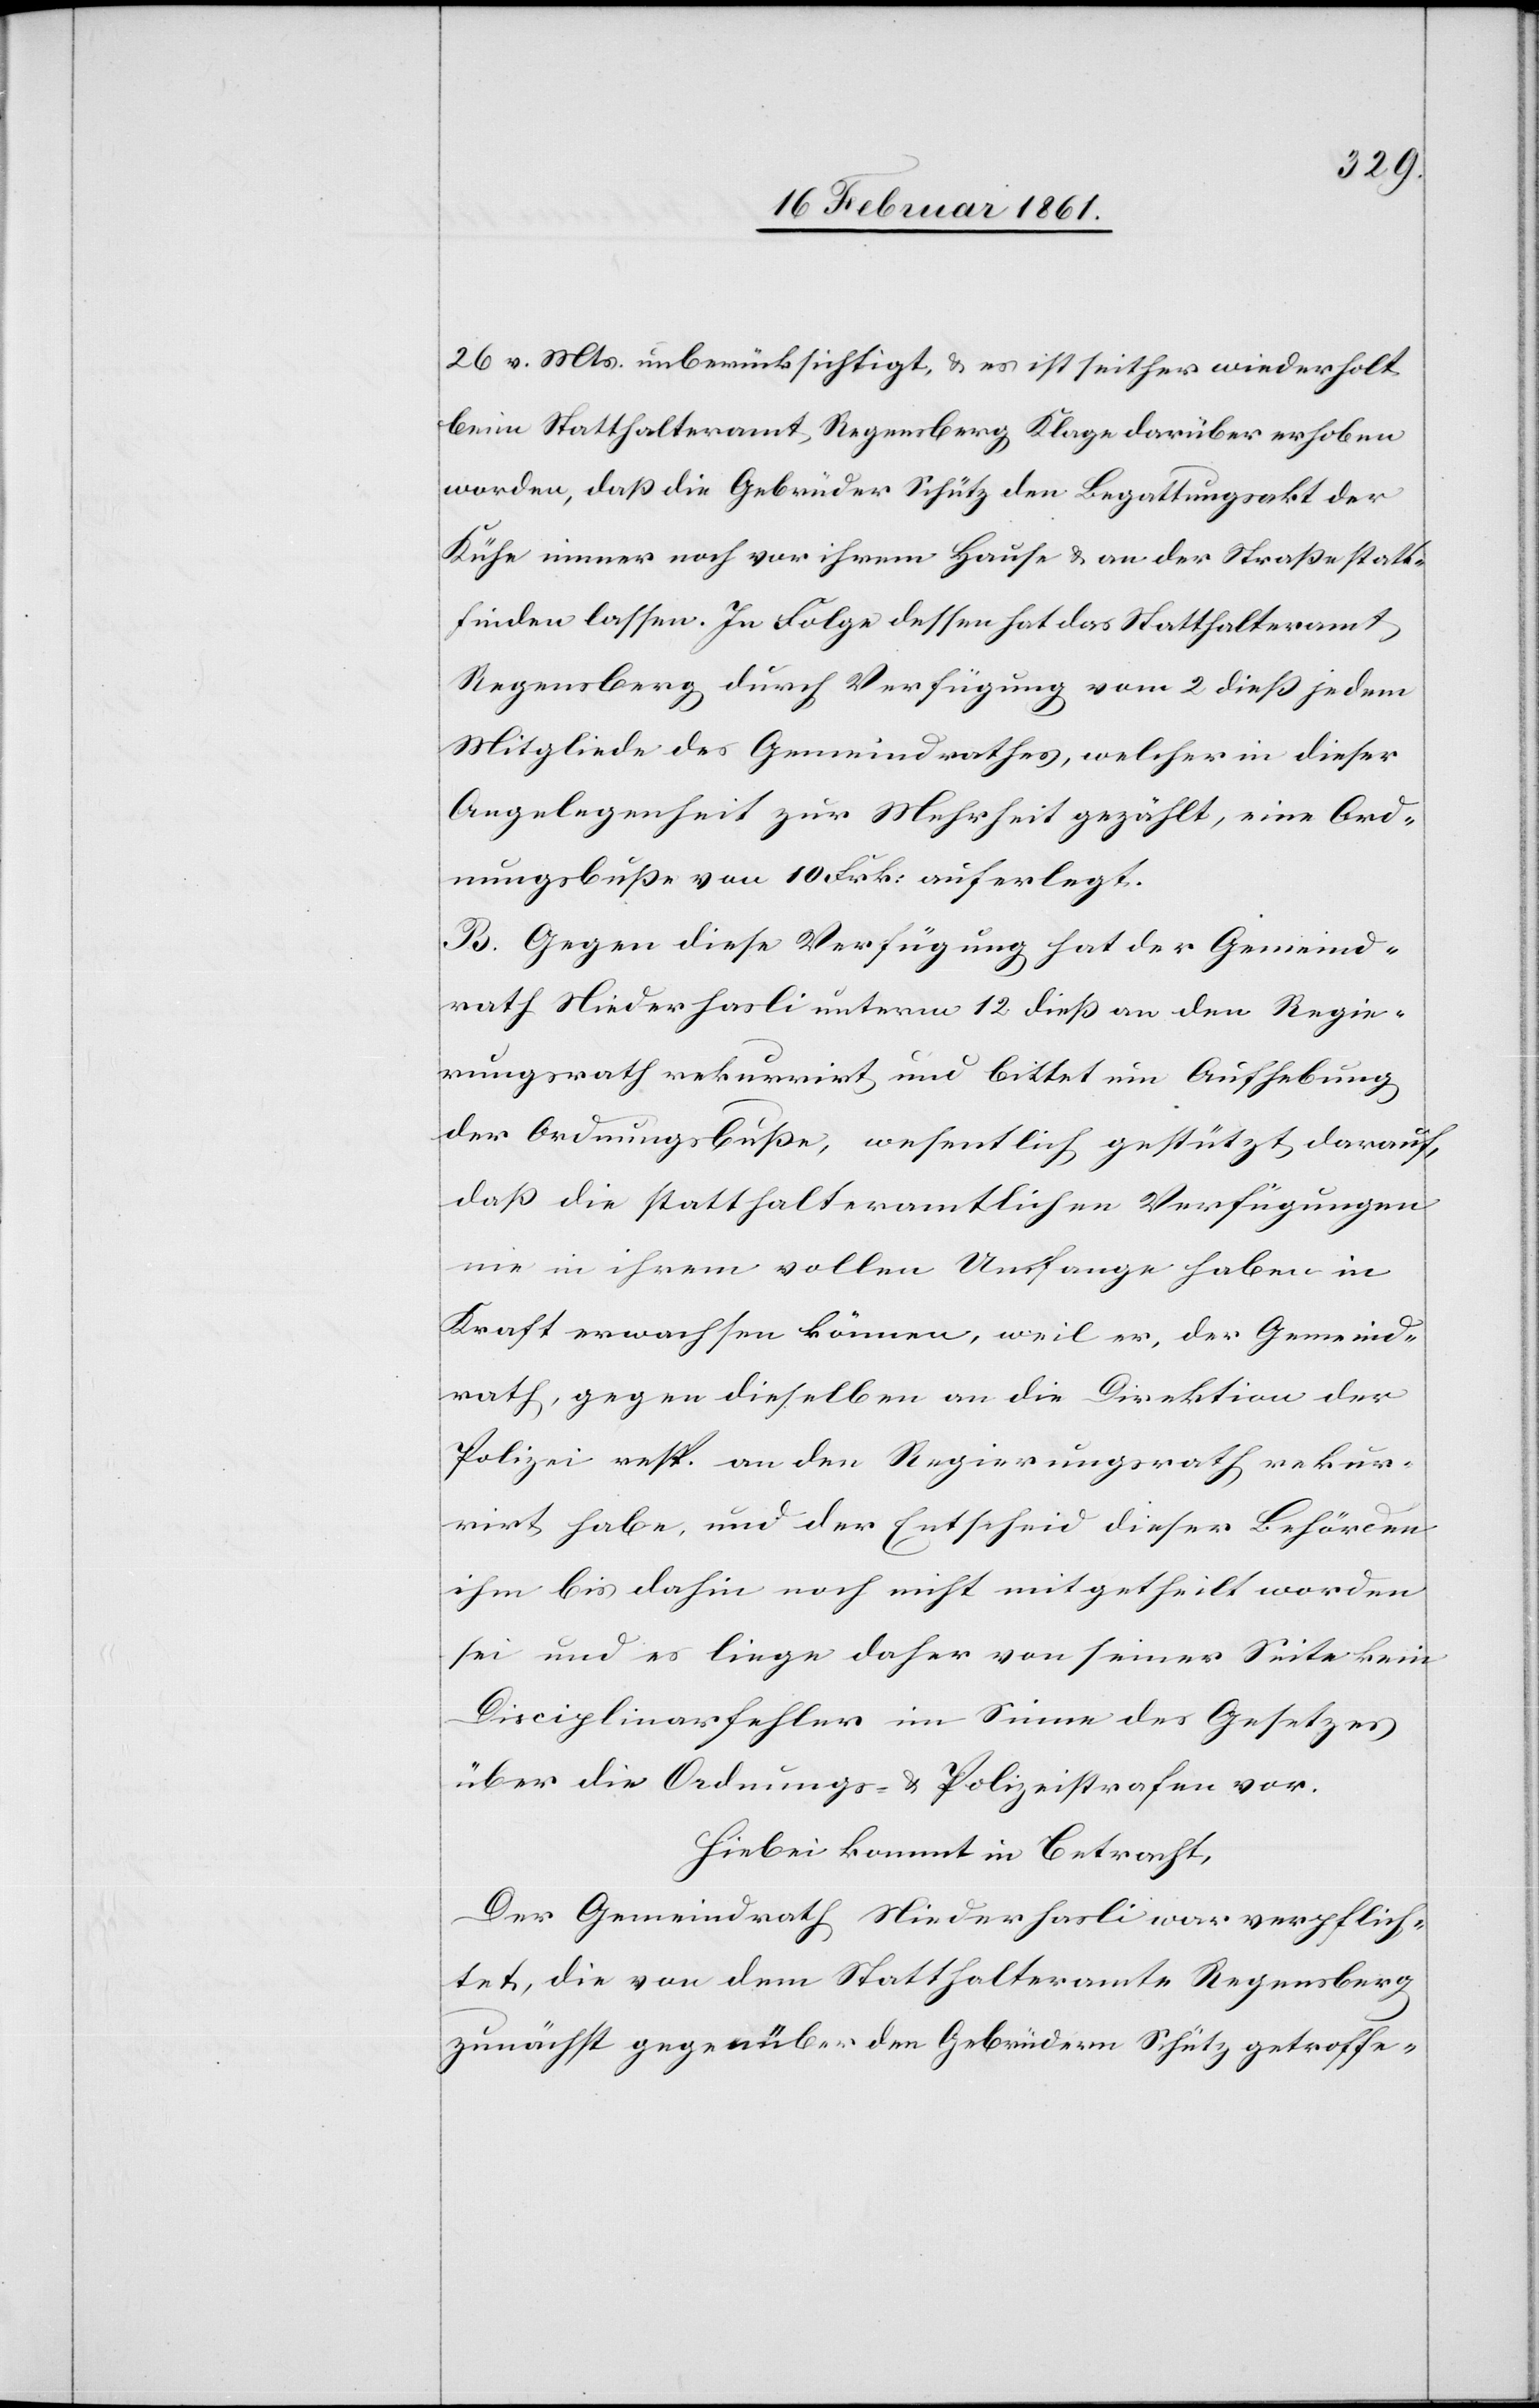
26. v. Mts. unberücksichtigt, u. es sei seither wiederholt
beim Statthalteramt Regensberg Klage darüber erhoben
worden, daß die Gebrüder Schütz den Begattungsakt der
Kühe immer noch vor ihrem Hause u. an der Straße statt¬
finden lassen. In Folge dessen hat das Statthalteramt
Regensberg durch Verfügung vom 2. diess jedem
Mitgliede des Gemeindrathes, welcher in dieser
Angelegenheit zur Mehrheit gezählt, eine Ord¬
nungsbusse von 10. Frk. auferlegt.
B. Gegen diese Verfügung hat der Gemeind¬
rath Niederhasli unterm 12. dieß an den Regie¬
rungsrath rekurrirt und bittet um Aufhebung
der Ordnungsbusse, wesentlich gestützt darauf,
daß die statthalteramtlichen Verfügungen
nie in ihrem vollen Umfange haben in
Kraft erwachsen können, weil er, der Gemeind¬
rath, gegen dieselben an die Direktion der
Polizei resp. an den Regierungsrath rekur¬
rirt habe, und der Entscheid dieser Behörden
ihm bis dahin noch nicht mitgetheilt worden
sei und es liege daher von seiner Seite kein
Disciplinarfehler im Sinne des Gesetzes
über die Ordnungs- u. Polizeistrafen vor.
Hiebei kommt in Betracht,
Der Gemeindrath Niederhasli war verpflich¬
tet, die von dem Statthalteramte Regensberg
zunächst gegenüber den Gebrüdern Schütz getroffe-